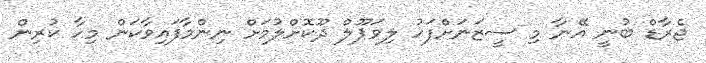
ޖެރާޑް ބުނީ އޭނާ މި ސީޒަނަށްފަހު ލިވަޕޫލް ދޫކޮށްލުމަށް ނިންމާފައިވާކަން މިހާ ކުރިން